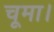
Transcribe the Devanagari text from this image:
चूमा।